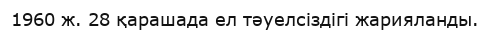
1960 ж. 28 қарашада ел тәуелсіздігі жарияланды.